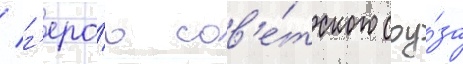
/ г'еро́ю сов'е́тского соу́за